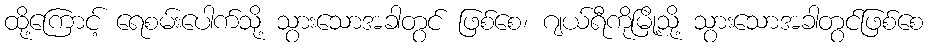
ထို့ကြောင့် ရေစမ်းပေါက်သို့ သွားသောအခါတွင် ဖြစ်စေ၊ ဂျယ်ရီကိုမြို့သို့ သွားသောအခါတွင်ဖြစ်စေ